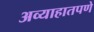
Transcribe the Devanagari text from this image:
अव्याहातपणे